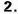
2.